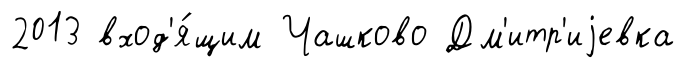
2013 вход'я́щим Чашково Дм'итр'иjевка